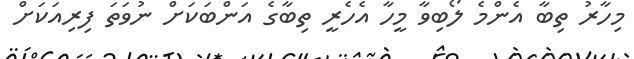
މިހާރު ތިބާ އެންމެ ލޯބިވާ މީހާ އެހެރީ ތިބާގެ އަންބަކަށް ނުވަތަ ފިރިއަކަށް